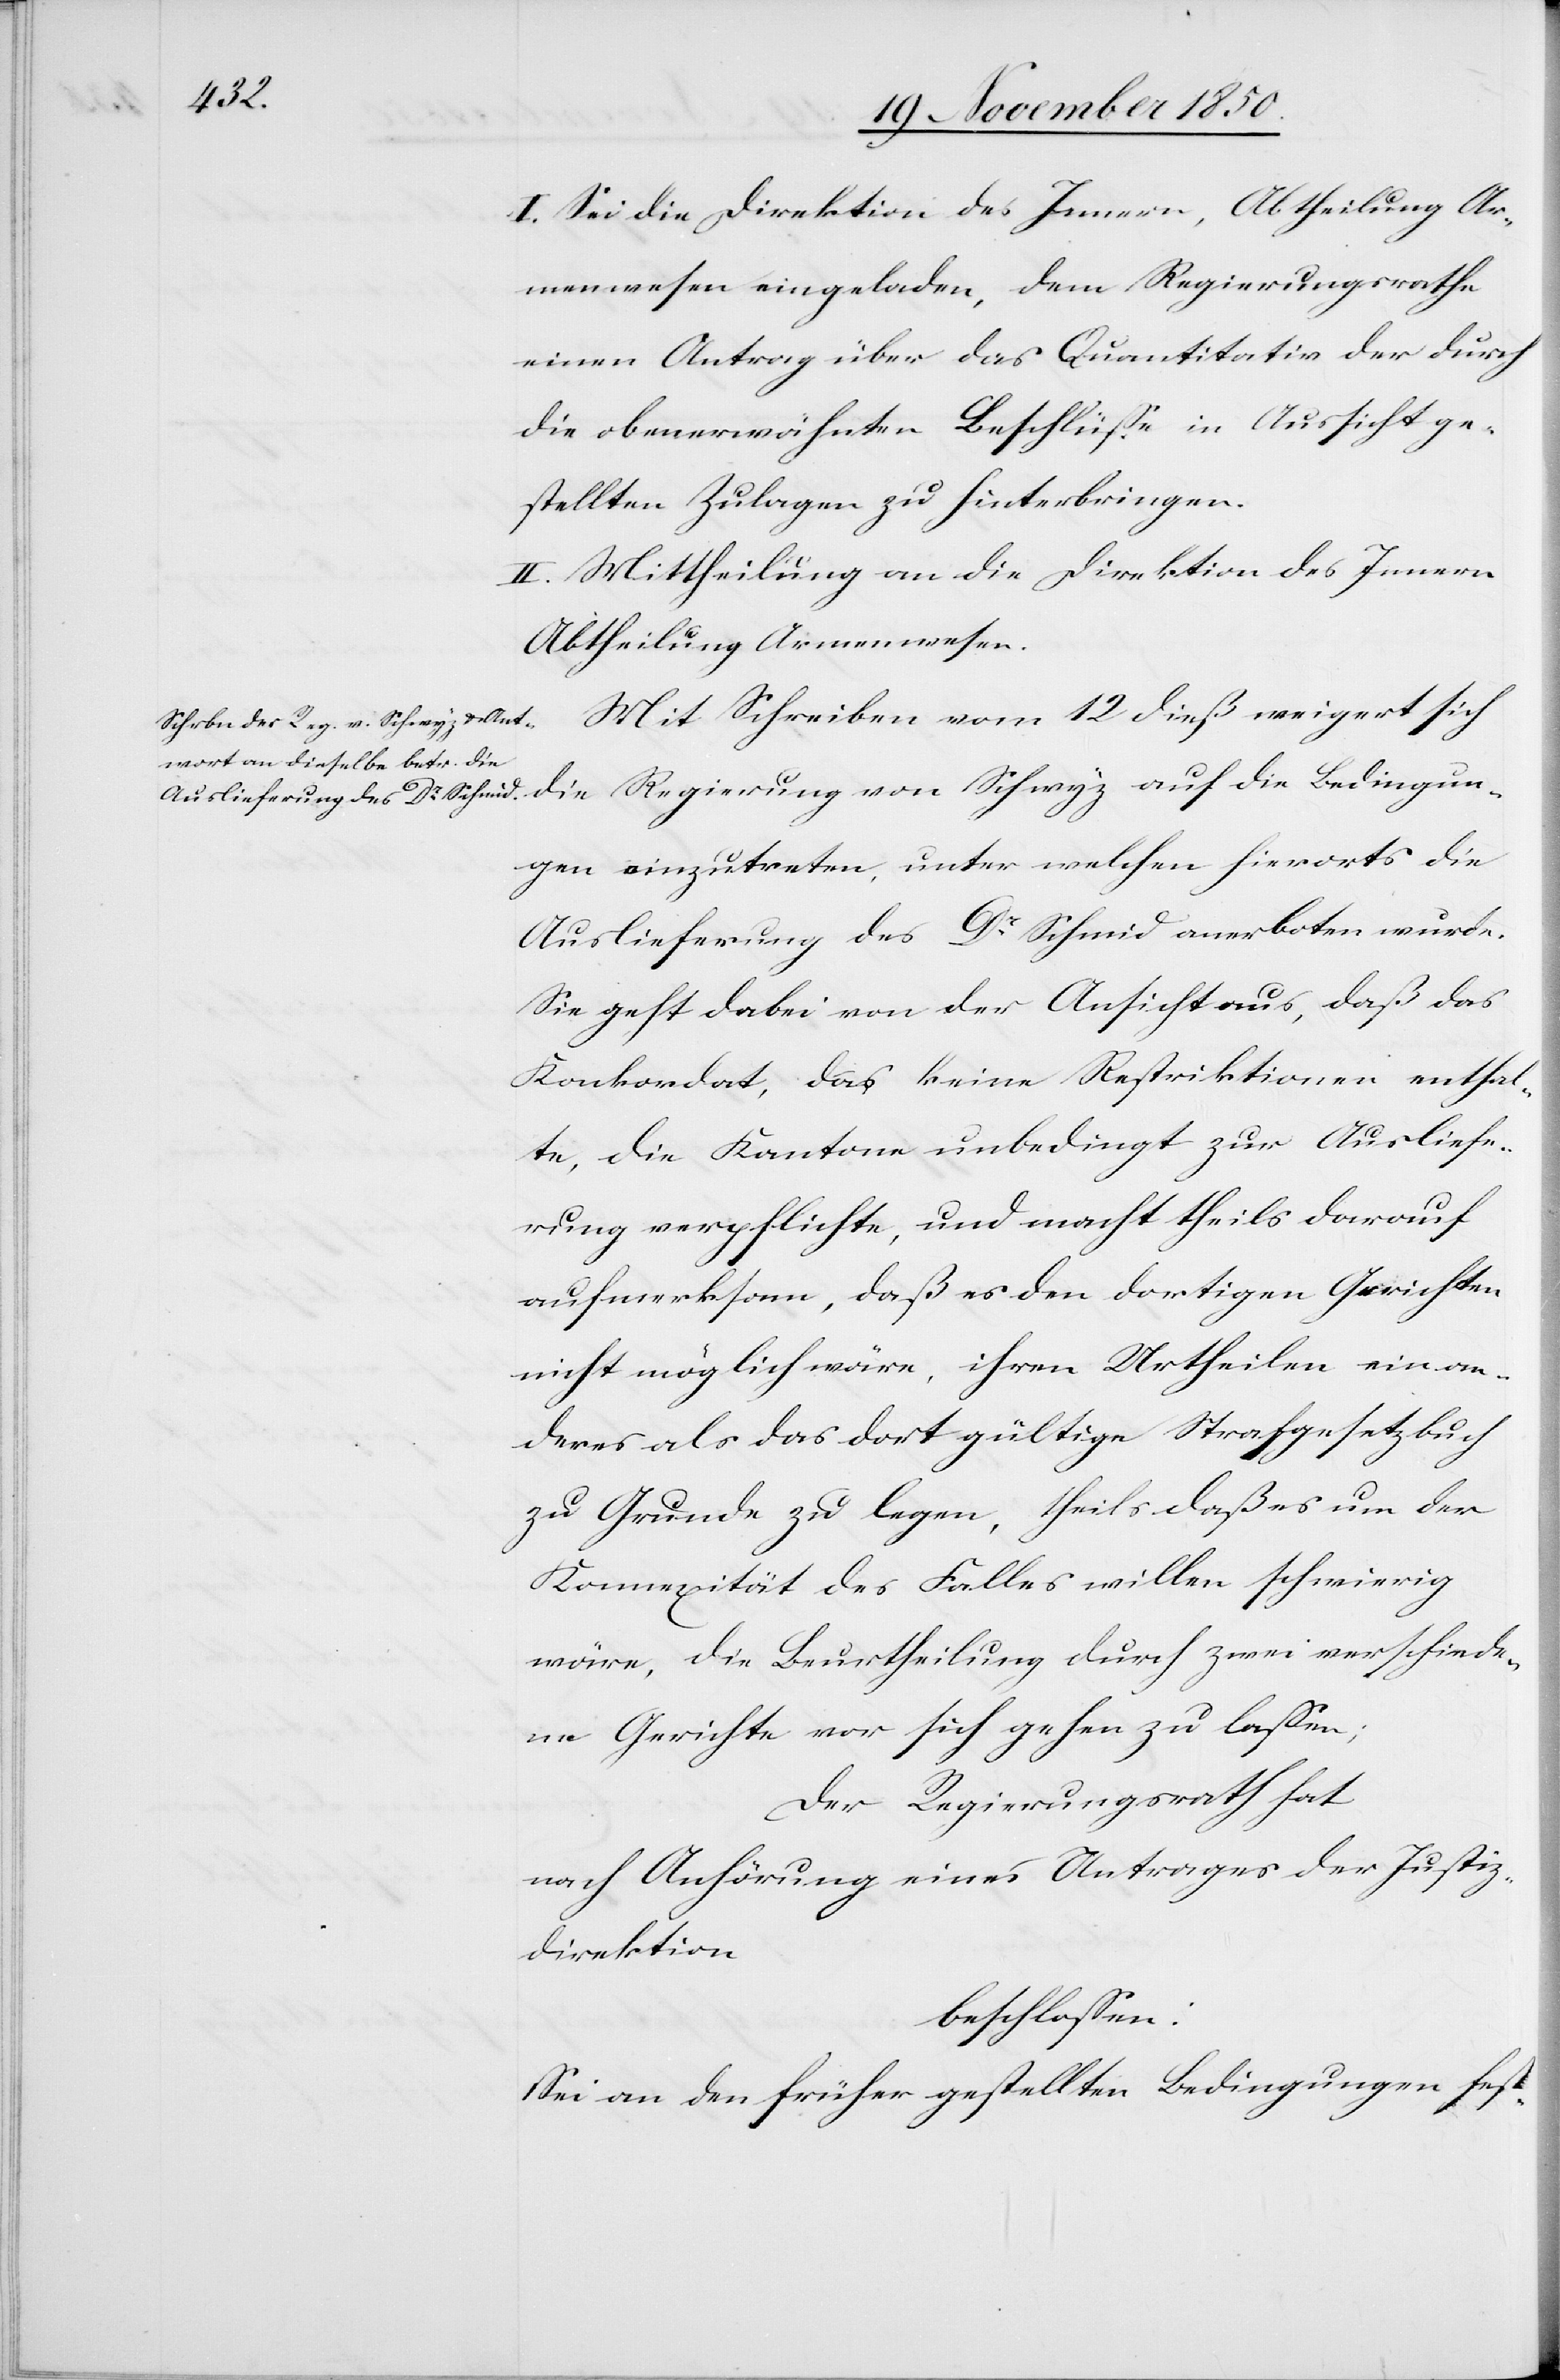
I. Sei die Direktion des Innern, Abtheilung Ar¬
menwesen eingeladen, dem Regierungsrathe
einen Antrag über das Quantitativ der durch
die obenerwähnten Beschlüsse in Aussicht ge¬
stellten Zulagen zu hinterbringen.
II. Mittheilung an die Direktion des Innern
Abtheilung Armenwesen.
Mit Schreiben vom 12 dieß weigert sich
die Regierung von Schwyz auf die Bedingun¬
gen einzutreten, unter welchen hierorts die
Auslieferung des Dr Schmid anerboten wurde.
Sie geht dabei von der Ansicht aus, daß das
Konkordat, das keine Restriktionen enthal¬
te, die Kantone unbedingt zur Ausliefe¬
rung verpflichte, und macht theils darauf
aufmerksam, daß es den dortigen Gerichten
nicht möglich wäre, ihren Urtheilen ein an¬
deres als das dort gültige Strafgesetzbuch
zu Grunde zu legen, theils daß es um der
Konnexität des Falles willen schwierig
wäre, die Beurtheilung durch zwei verschiede¬
ne Gerichte vor sich gehen zu lassen;
Der Regierungsrath hat
nach Anhörung eines Antrages der Justiz¬
direktion
beschlossen:
Sei an den früher gestellten Bedingungen fest-